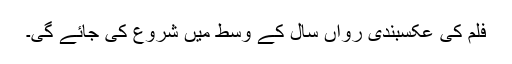
فلم کی عکسبندی رواں سال کے وسط میں شروع کی جائے گی۔